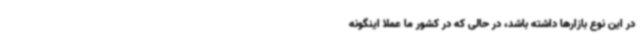
در این نوع بازارها داشته باشد، در حالی که در کشور ما عملا اینگونه